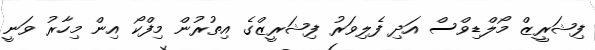
ފިޝަރީޒް މޯލްޑިވްސް އަދި ފެލިވަރު ފިޝަރީޒްގެ އިތުރުން މިފްކޯ އިން މިހާރު ވަނީ